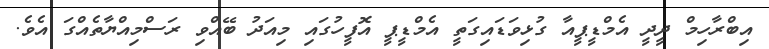
އިބްރާހިމް ދީދީ އެމްޑީޕީއާ ގުޅިވަޑައިގަތީ އެމްޑީޕީ އޮފީހުގައި މިއަދު ބޭއްވި ރަސްމިއްޔާތެއްގަ އެވެ.